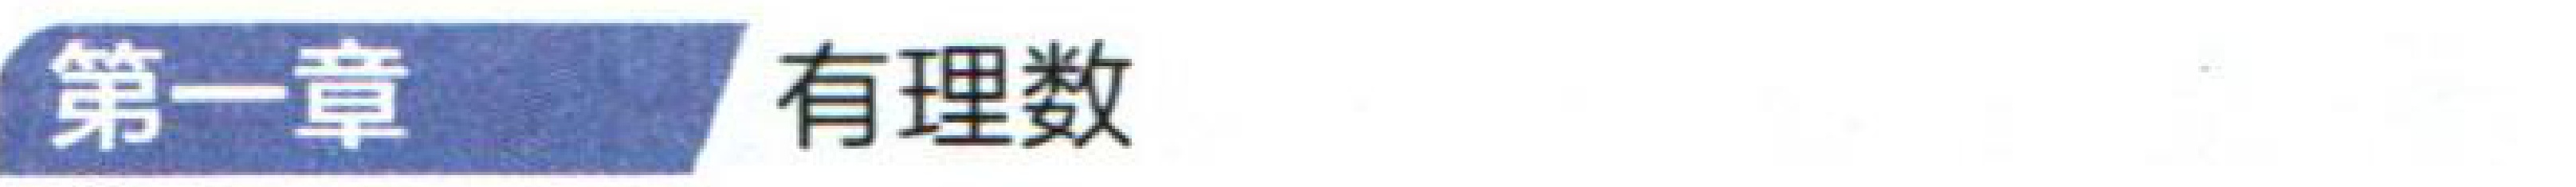
第一章 有理数